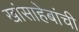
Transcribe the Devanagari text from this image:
खांसाहेबांची